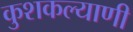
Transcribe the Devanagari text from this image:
कुशकल्याणी